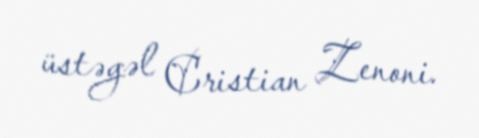
üstəgəl Cristian Zenoni.